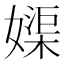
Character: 𡡥